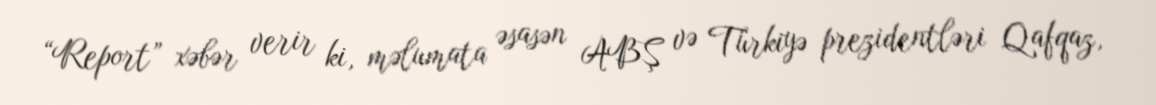
“Report” xəbər verir ki, məlumata əsasən ABŞ və Türkiyə prezidentləri Qafqaz,